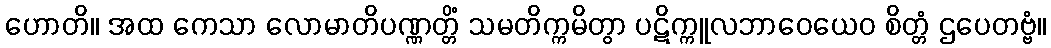
ဟောတိ။ အထ ကေသာ လောမာတိပဏ္ဏတ္တိံ သမတိက္ကမိတွာ ပဋိက္ကူလဘာဝေယေဝ စိတ္တံ ဌပေတဗ္ဗံ။